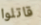
قاتلوا